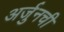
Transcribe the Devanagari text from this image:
अर्जुनची